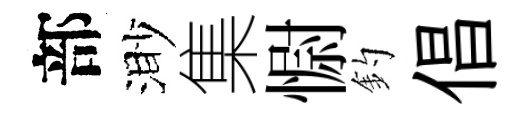
部渺集𢠢釣倡